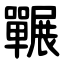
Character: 囅